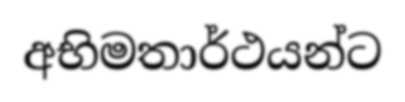
අභිමතාර්ථයන්ට